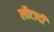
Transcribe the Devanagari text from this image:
लौटादी